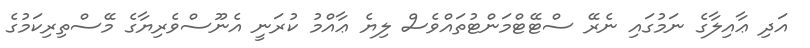
އަދި ޢާއިލާގެ ނަމުގައި ނެރޭ ސްޓޭޓްމަންޓުތައްވެސް ލިޔެ ޢާއްމު ކުރަނީ އެނޫސްވެރިޔާގެ މޭސްތިރިކަމުގެ